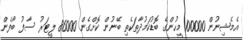
އެމެޝިނުން 100000 މީހުންގެ ބޮޑުކަމުދާތަކެތި ބޭނުން ކޮށްގެން 86000 ލީޓަރު ސާފު ބޯފެން